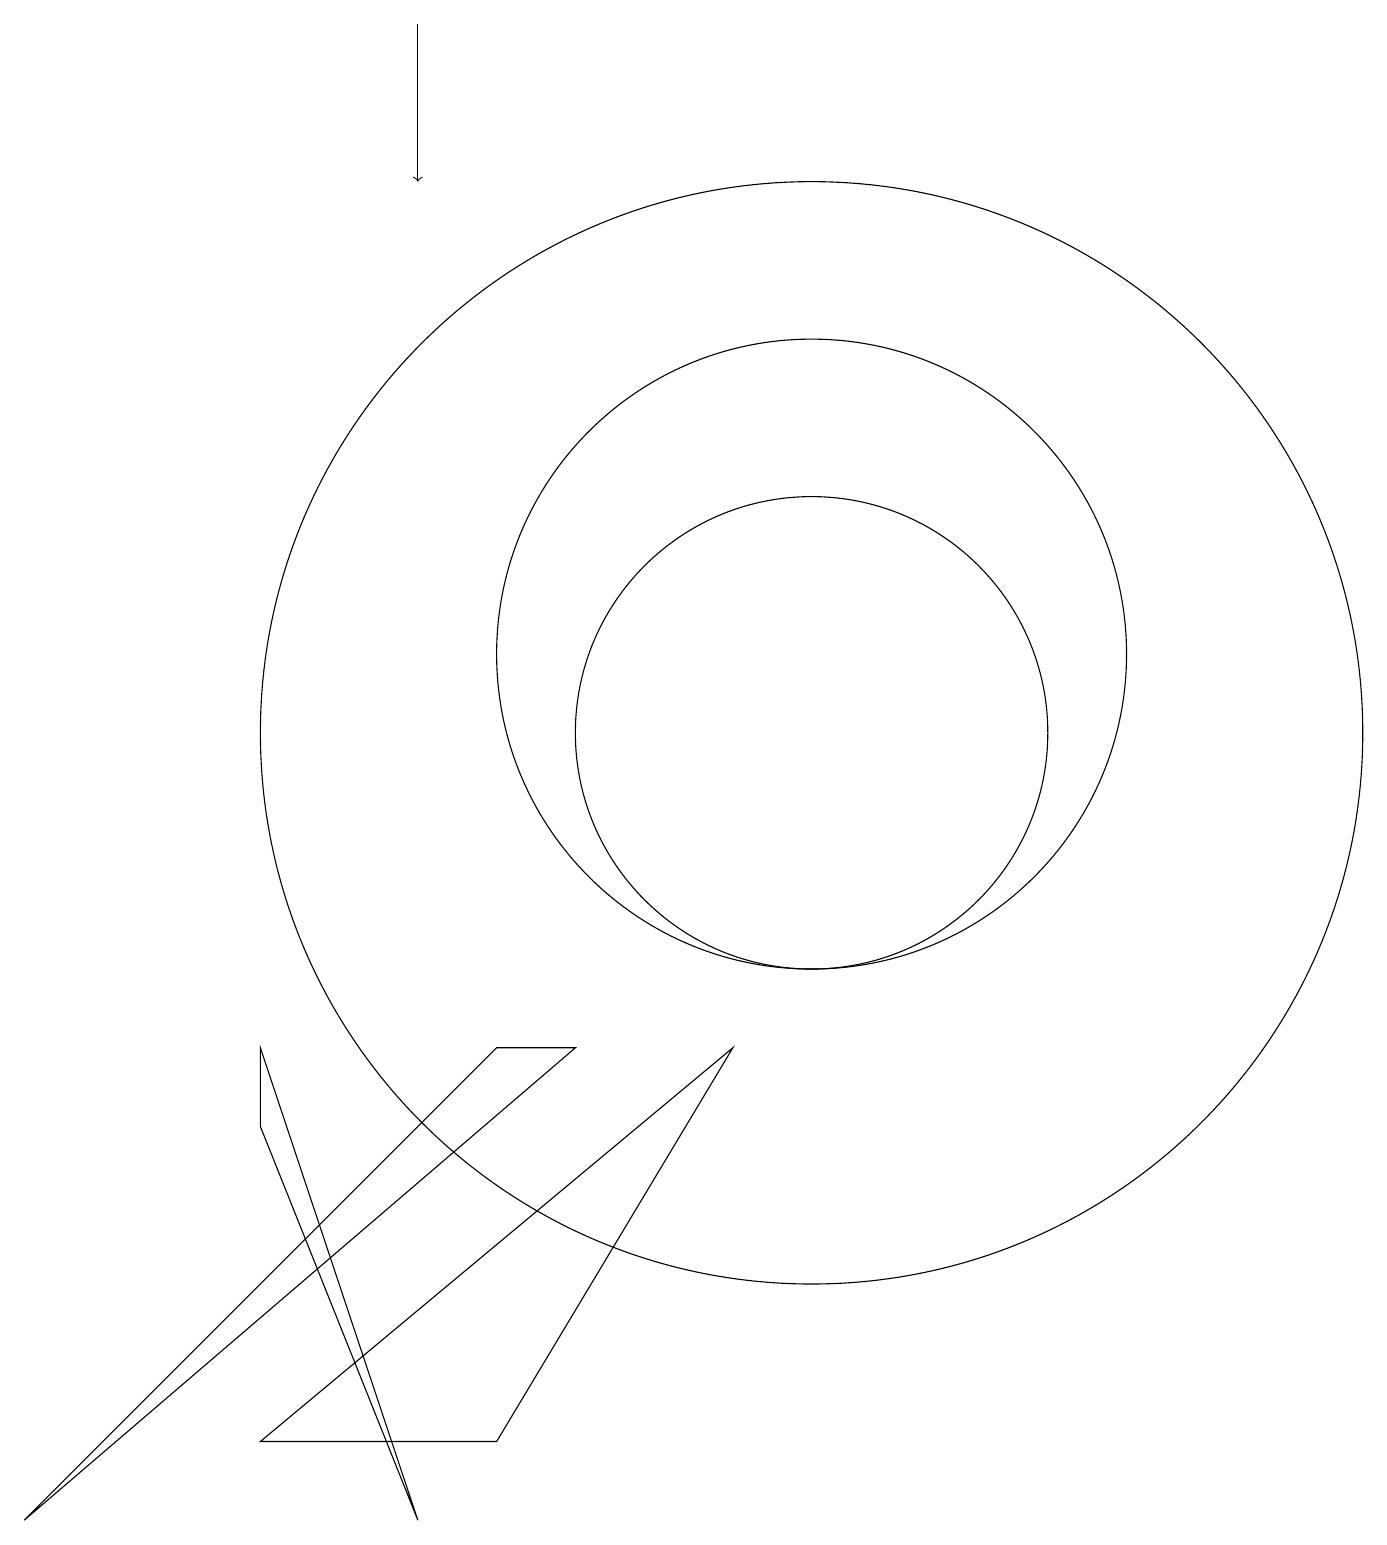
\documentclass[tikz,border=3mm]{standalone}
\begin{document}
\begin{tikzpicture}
\draw (0,0) -- (6,6) -- (7,6) -- cycle;
\draw (9,6) -- (6,1) -- (3,1) -- cycle;
\draw (3,5) -- (5,0) -- (3,6) -- cycle;
\draw (10,10) circle (7);
\draw (10,10) circle (3);
\draw (10,11) circle (4);
\draw[->] (5,19) -- (5,17);
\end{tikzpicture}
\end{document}